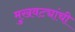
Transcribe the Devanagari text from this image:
मुखवट्यांची